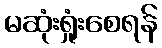
မဆုံးရှုံးစေရန်